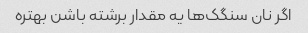
اگر نان سنگک‌ها یه مقدار برشته باشن بهتره